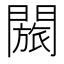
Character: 𬮐